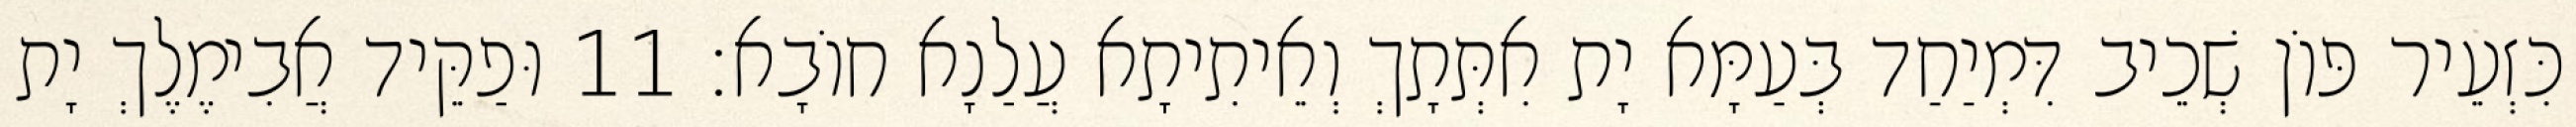
כִּזְעֵיר פּוֹן שְׁכֵיב דִּמְיַחַד בְּעַמָּא יָת אִתְּתָךְ וְאֵיתִיתָא עֲלַנָא חוֹבָא׃ 11 וּפַקֵּיד אֲבִימֶלֶךְ יָת